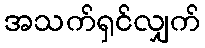
အသက်ရှင်လျှက်